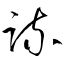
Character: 疏